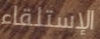
الإستلقاء